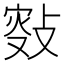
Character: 𢾐